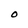
Character: O